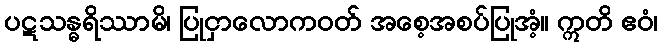
ပဋသန္ဓရိဿာမိ၊ ပြုငှာလောကဝတ် အစေ့အစပ်ပြုအံ့။ ဣတိ ဧဝံ၊